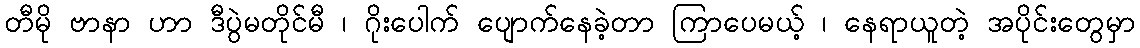
တီမို ဗာနာ ဟာ ဒီပွဲမတိုင်မီ ၊ ဂိုးပေါက် ပျောက်နေခဲ့တာ ကြာပေမယ့် ၊ နေရာယူတဲ့ အပိုင်းတွေမှာ